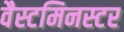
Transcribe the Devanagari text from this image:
वैस्टमिनस्टर